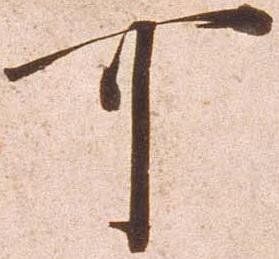
可